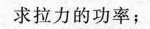
求拉力的功率；